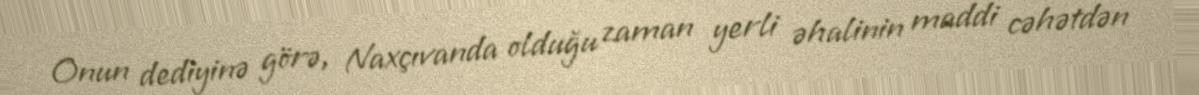
Onun dediyinə görə, Naxçıvanda olduğu zaman yerli əhalinin maddi cəhətdən